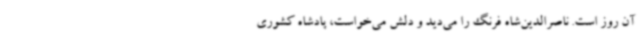
آن روز است. ناصرالدین‌شاه فرنگ را می‌دید و دلش می‌خواست، پادشاه کشوری